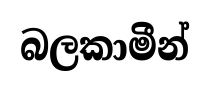
බලකාමීන්